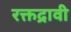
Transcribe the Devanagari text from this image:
रक्तद्रावी